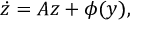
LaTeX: { \dot { z } } = A z + \phi ( y ) ,